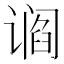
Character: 𬤛